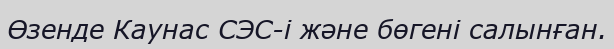
Өзенде Каунас СЭС-і және бөгені салынған.